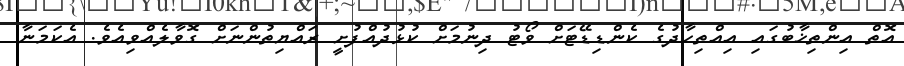
އޮތް އިންތިޚާބުގައި އިއްތިހާދުގެ ކެންޑިޑޭޓަށް ވޯޓު ދިނުމަށް ކުޅުދުއްފުށީ ރައްޔިތުންނަށް ގޮވާލެއްވިއެވެ. އެކަމަނާ